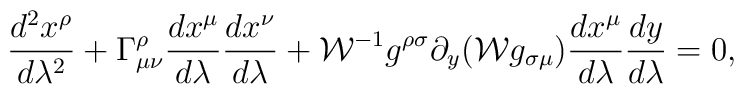
{{d^2x^{\rho}}\over{d\lambda^2}}+\Gamma^{\rho}_{\mu\nu}{{dx^{\mu}}\over{d\lambda}}{{dx^{\nu}}\over{d\lambda}}+{\cal W}^{-1}g^{\rho\sigma}\partial_y({\cal W}g_{\sigma\mu}){{dx^{\mu}}\over{d\lambda}}{{dy}\over{d\lambda}}=0,